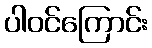
ပါဝင်ကြောင်း